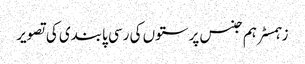
زہمسٹر ہم جنس پرستوں کی رسی پابندی کی تصویر